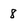
Character: 8